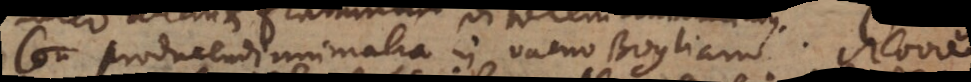
Con producendi animalia in vacuo Boyliano. Nova